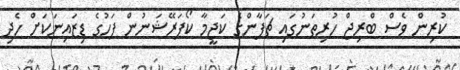
ކުރިން ވެސް ބްރިޖް ހުރިތަނުގައި ޗަޕާންގެ ކަޖީމާ ކޯޕަރޭޝަނުން ފަހުގެ ޑިޒައިނަކަށް ހެދި